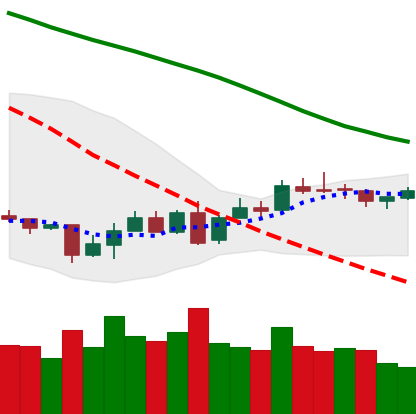
Ticker: XMR-USD
Chart end date: 2018-07-08
Forward return: -11.286%
Label: down_7plus